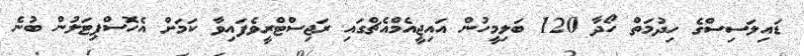
ޑައިލަސިސްގެ ހިދުމަތް ހޯދާ 120 ބަލިމީހުން އައިޖީއެމްއެޗްގައި ރަޖިސްޓްރީވެފައިވާ ކަަމަށް އެހޮސްޕިޓަލުން ބުނެ